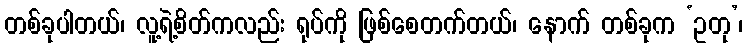
တစ်ခုပါတယ်၊ လူ့ရဲ့စိတ်ကလည်း ရုပ်ကို ဖြစ်စေတက်တယ်၊ နောက် တစ်ခုက ‘ဥတု’၊